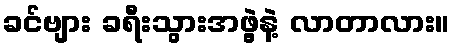
ခင်ဗျား ခရီးသွားအဖွဲ့နဲ့ လာတာလား။